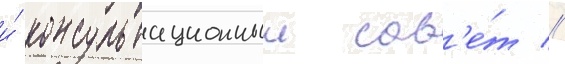
и́ консультационныи сов'е́т //